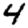
Digit: 4